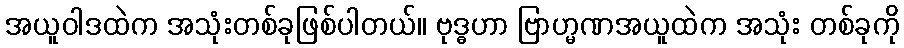
အယူဝါဒထဲက အသုံးတစ်ခုဖြစ်ပါတယ်။ ဗုဒ္ဓဟာ ဗြာဟ္မဏအယူထဲက အသုံး တစ်ခုကို